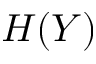
H ( Y )